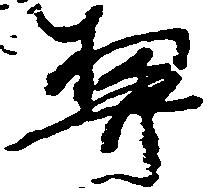
契